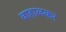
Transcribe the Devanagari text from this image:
वाहाळकर